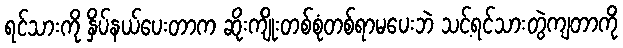
ရင်သားကို နှိပ်နယ်ပေးတာက ဆိုးကျိုးတစ်စုံတစ်ရာမပေးဘဲ သင့်ရင်သားတွဲကျတာကို